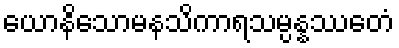
ယောနိသောမနသိကာရသမ္ပန္နဿေတံ